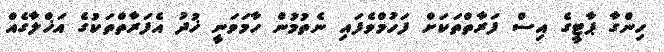
ހިންގާ ޕާޓީގެ އިސް ފަރާތްތަކަށް ފަހުމްވެފައި ނެތުމުން ހާމަވަނީ ޚުދު އެފަރާތްތަކުގެ އަޚްލާގެއް